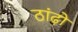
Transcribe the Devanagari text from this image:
ठांढ़ो